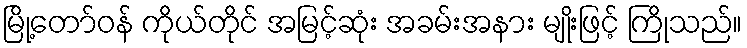
မြို့တော်ဝန် ကိုယ်တိုင် အမြင့်ဆုံး အခမ်းအနား မျိုးဖြင့် ကြိုသည်။